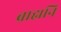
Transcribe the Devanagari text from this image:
ब्राह्मनि